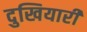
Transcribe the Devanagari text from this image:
दुखियारी